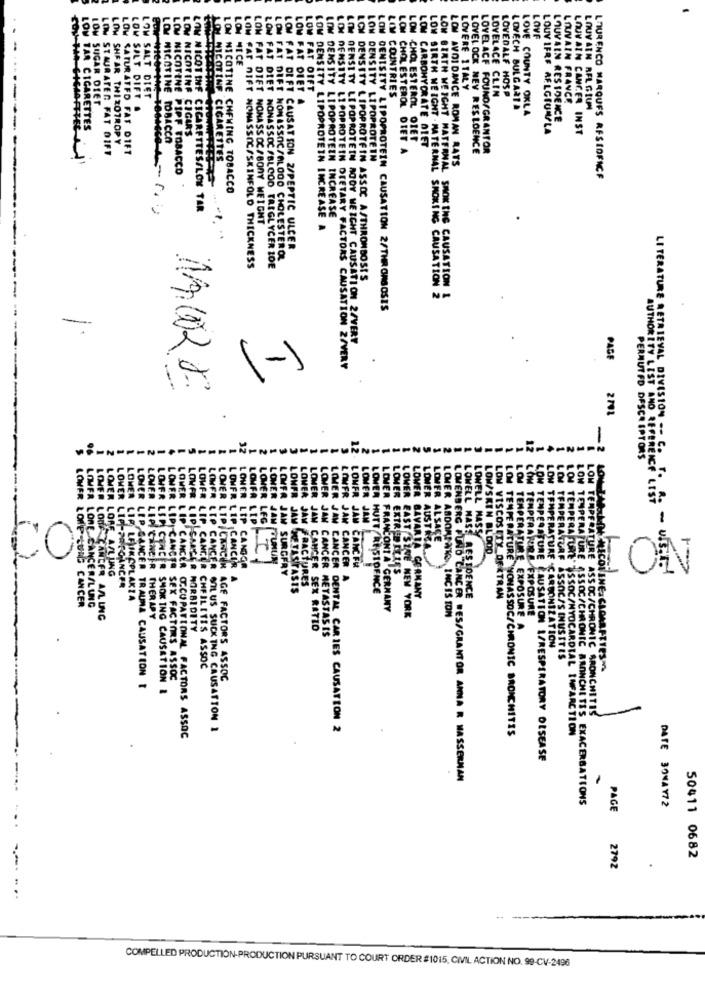
LOW
LO
LOM
LOM
LOVE
LOM NICE
LOW FAT DIET
LOW FAT DIFT
LOVERE ITALY
-
LOW SUGAR DIET
LOW SALT DIFT
LOW SALT DIET
COUNTRIES
LOVELACE CLIN
LOVEDALE HOSP
LOUVAIN FRANCE
LOVECH BULGARTA
LOVE COUNTY OKLA
LOUVAIN REL GIUN
LOUVAIN RESIDENCE
LOW TAR CIGARETTES
LOUV IFRE RELGIUN/LA
LOUVAIN CANCER INST
LOW SHEAR THI ZOTROPY
LO NICOTINE TOBACCO
LOW NICOTINE CIGARS
LOW STAURATER FAT DIFT
LOW SATURATED FAT DIFT
CHOLESTEROL DIET A
LOW CHOLESTEROL DIET
LOW CARBOHYDRATE DIET
LOVELOCK NEV RESLOENCE
LOVELACE FOUND/GRANTOR
1
LOL NICOTINE CIGARETTES
LOW DENSITY LIPOPROTEIN
LOW NICOTINE PIPE TOBACCO
LOW BIRTH WEIGHT MATERNAL
LOW AVOI DANCE ROMAN RATS
LOURENCO MARQUES RESIDENCE
LOW NICOTINE CHEWING TOBACCO
LOW NICOTINE CIGARETTES/LON TAR
LOW DENSITY LIPOPROTEIN INCREASE
LOW DENSITY LIPOPROTEIN INCREASE
LOW FAT DIET NONASSOC/BODY WEIGHT
FAT DIFT CAUSAT SON 2/PEPTIC ULCER
OM FAT DIFT NONASSOC/ALOGO CHOLESTEROL
LOW FAT DIET NOMASSIC/SKINFOLD THICKNESS
LOW FAT DIET NONASSOC/BLOOD TRIGLYCER IDE
LOW DENSITY LIPOPROTEIN ASSOC A/THROMBOSIS
SMOK THE CAUSATION
LOW BIRTH WEIGHT - MATERNAL SMOKING CAUSATION 2
LOW DENISITY LIPOPROTEIN CAUSATION 2/THROMBOSIS
-
DENSITY LIPOPROTEIN ROOY WEICHT CAUSATION 2/VERY
1
PAGE
(-)
DENSITY LIPOPROTEIN DIETARY FACTORS CAUSATION Z/VERY
AUTHORITY LEST ANO
-
PERMUTED DESCRIPTORS
LITERATURE RETRIEVAL DIVISION -- C. ..
MER
ONFR
VER
MER
OMER JAM
LONE
AM
LL MASS
TEMPER
TEMPERA
C
O
AUS TAZA
PERATUR
IP I CAME
CANCZ
LIP, CANGO
CANCE
KIN BLOOD
LOFF A/LUNG
CANCER
CANGOR
CHER JAN SURGERY
CANC FM
EXTRUD FLIES
ON
JAN CANCER A
ASS
AND REFERENCE List - USSITE
WER LIP-PRECANCER
JAM METASTASIS
FRACTURES
HUTT RESIDENCE
RE ASSO
BAVARIA GERMANY
TAST RESIDENCE
ISCOS ITY OFATRAN
LUNG CANCER
LONE CANCERAL UNG
IF LAIKSPLAKZA
FRANCONI A GERMANY
ANCER A/L UNG
THERAPY
EAST SİNE NEW YORK
ADOMPATO INCIS TON
PERATURE EXPOSURE
EXPOSURE
MORBIDITY
WER JAN CANCER SEX RATIO
JAN CANCER METASTASIS
URE -CARBONIZATION
/SINUSITES
CHEILITIS ASSOC
SMOKING CAUSATION
SEX FACTORS ASSOC
CANCER AGE FACTORS ASSOC
INCER TRAUMA CAUSATION I
/CHRONIC BRONCHITIS
OIL US SUCK ING CAUSATTON 1
JAM CANCER DENTAL CARIES CAUSATION 2
PERATURE NONAS SOC/CHRONIC BRONCHITIS
OCCUPATIONAL FACTORS ASSOC
ESSOC/MYOCARDIAL INFARCTION
ME CAUSATION I/RESPIRATORY OLSEASE
RC PUÑO CANCER RES/GRANTOR ANNA R WASSERMAN
N TEMPERATURE ASSOC/CHRONIC BANINCHE TES EXACERBATIONS
DATE 3ONAY72
PAGE
50411 0682
2792
COMPELLED PRODUCTION-PRODUCTION PURSUANT TO COURT ORDER #1015, CIVIL ACTION NO. 99-CV-2496